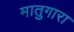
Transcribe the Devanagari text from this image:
मातुगारा